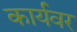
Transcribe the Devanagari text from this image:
कार्यवर